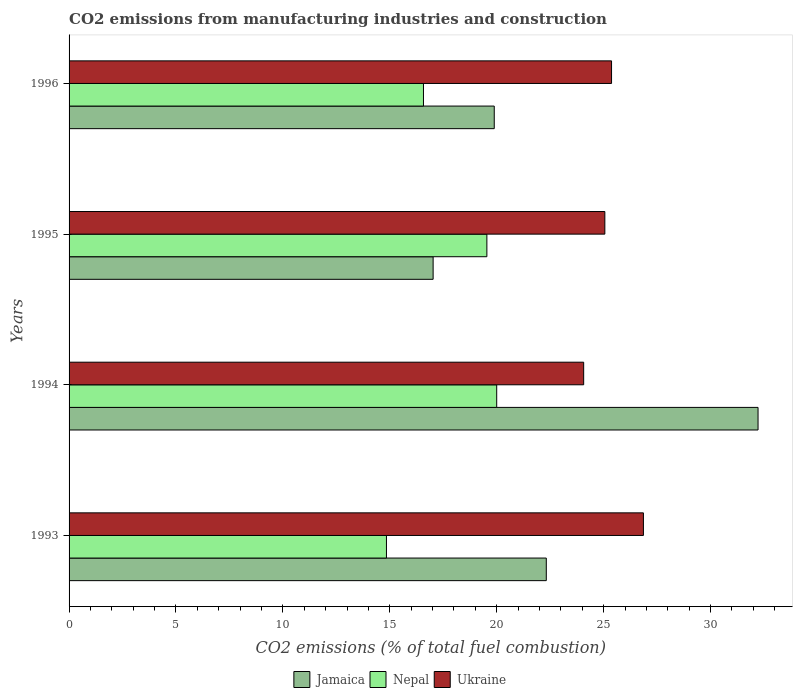
| Years | Jamaica | Nepal | Ukraine |
 | --- | --- | --- | --- |
 | 1993 | 22.3 | 14.8 | 26.9 |
 | 1994 | 32.2 | 20 | 24.1 |
 | 1995 | 17 | 19.5 | 25.1 |
 | 1996 | 19.9 | 16.6 | 25.4 |